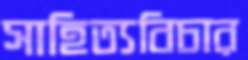
সাহিত্যবিচার